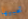
تحبيها